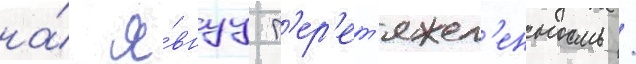
на́ я́внуу п'ер'ет'яжел'енность /